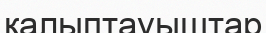
қалыптауыштар